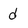
Character: d